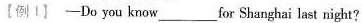
【例1】 -Do you know___for Shanghai last night?